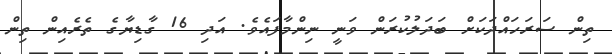
ތިން ސަރަހައްދަކަށް ބަދަލުކުރަން ވަނީ ނިންމާފައެވެ. އަދި 16 ގާޑިޔާގެ ތެރެއިން ތިން